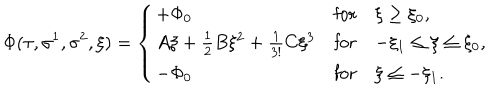
\Phi ( \tau , \sigma ^ { 1 } , \sigma ^ { 2 } , \xi ) = \left\{ \begin{array} { l c l } { { + \Phi _ { 0 } } } & { { \mathrm { f o r } } } & { { \xi \geq \xi _ { 0 } , } } \\ { { A \xi + \frac { 1 } { 2 } B \xi ^ { 2 } + \frac { 1 } { 3 ! } C \xi ^ { 3 } } } & { { \mathrm { f o r } } } & { { - \xi _ { 1 } \leq \xi \leq \xi _ { 0 } , } } \\ { { - \Phi _ { 0 } } } & { { \mathrm { f o r } } } & { { \xi \leq - \xi _ { 1 } . } } \\ \end{array} \right.